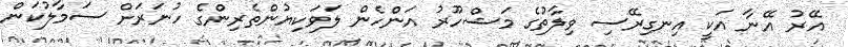
އޭރު އޭނާ އަކީ އިނގިރޭސި ވިލާތުގެ މަޝްހޫރު އަންހެން ލަވަކިޔުންތެރިންގެ ހުނަރަށް ސަމާލުކަން